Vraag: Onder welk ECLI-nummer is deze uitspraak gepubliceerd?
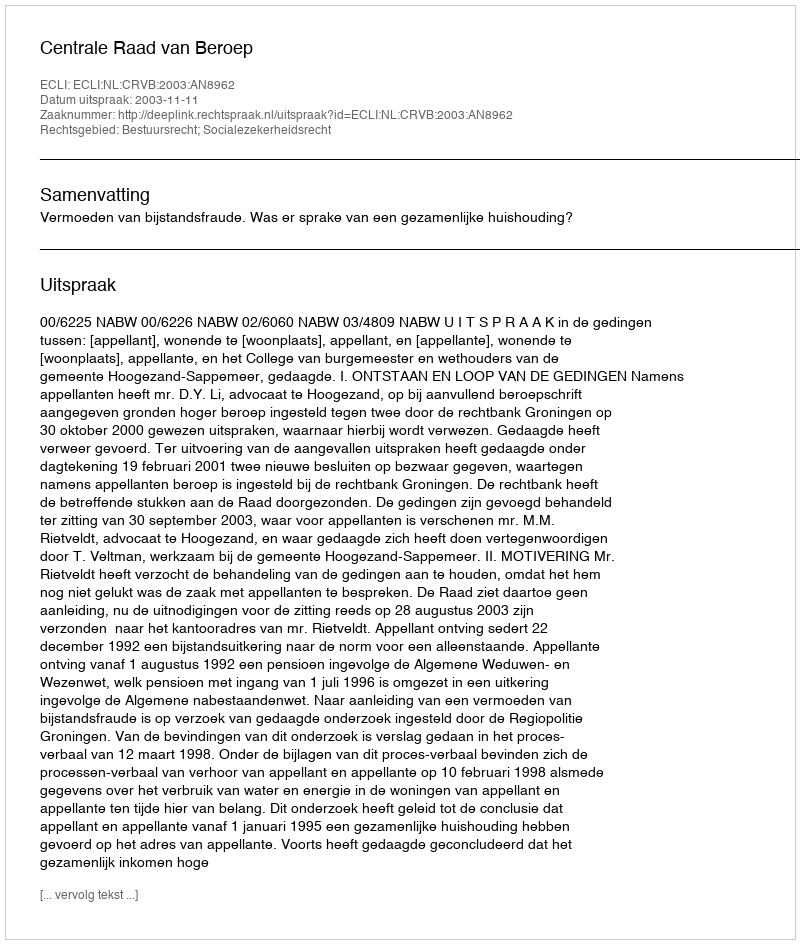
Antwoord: ECLI:NL:CRVB:2003:AN8962